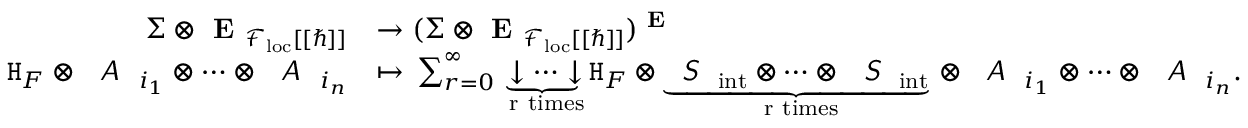
\begin{array} { r l } { \boldsymbol { \Sigma } \otimes \textbf { E } _ { \mathcal { F } _ { \mathrm { l o c } } [ [ \hbar ] ] } } & { \to ( \boldsymbol { \Sigma } \otimes \textbf { E } _ { \mathcal { F } _ { \mathrm { l o c } } [ [ \hbar ] ] } ) ^ { \textbf { E } } } \\ { \mathtt { H } _ { F } \otimes \emph { \textsf { A } } _ { i _ { 1 } } \otimes \dots \otimes \emph { \textsf { A } } _ { i _ { n } } } & { \mapsto \, \sum _ { r = 0 } ^ { \infty } \underbrace { \downarrow \dots \downarrow } _ { \mathrm { ~ r ~ t i m e s } } \mathtt { H } _ { F } \otimes \underbrace { \emph { \textsf { S } } _ { \mathrm { i n t } } \otimes \dots \otimes \emph { \textsf { S } } _ { \mathrm { i n t } } } _ { \mathrm { ~ r ~ t i m e s } } \, \otimes \, \emph { \textsf { A } } _ { i _ { 1 } } \otimes \dots \otimes \emph { \textsf { A } } _ { i _ { n } } . } \end{array}